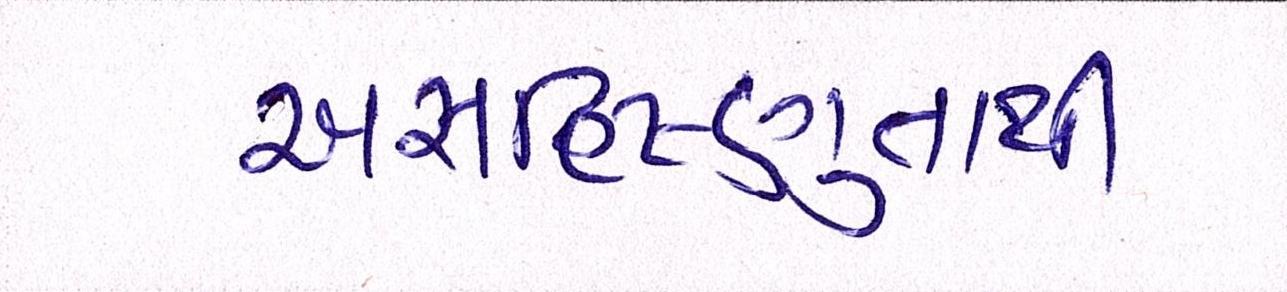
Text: અસહિષ્ણુતાથી